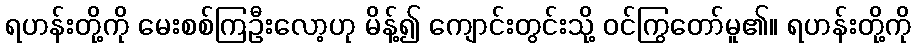
ရဟန်းတို့ကို မေးစစ်ကြဦးလော့ဟု မိန့်၍ ကျောင်းတွင်းသို့ ဝင်ကြွတော်မူ၏။ ရဟန်းတို့ကို